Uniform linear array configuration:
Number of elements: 24
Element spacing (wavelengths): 0.25
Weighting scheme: kaiser
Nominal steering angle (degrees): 60
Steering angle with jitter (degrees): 60.212
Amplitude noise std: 0.05
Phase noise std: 0.05

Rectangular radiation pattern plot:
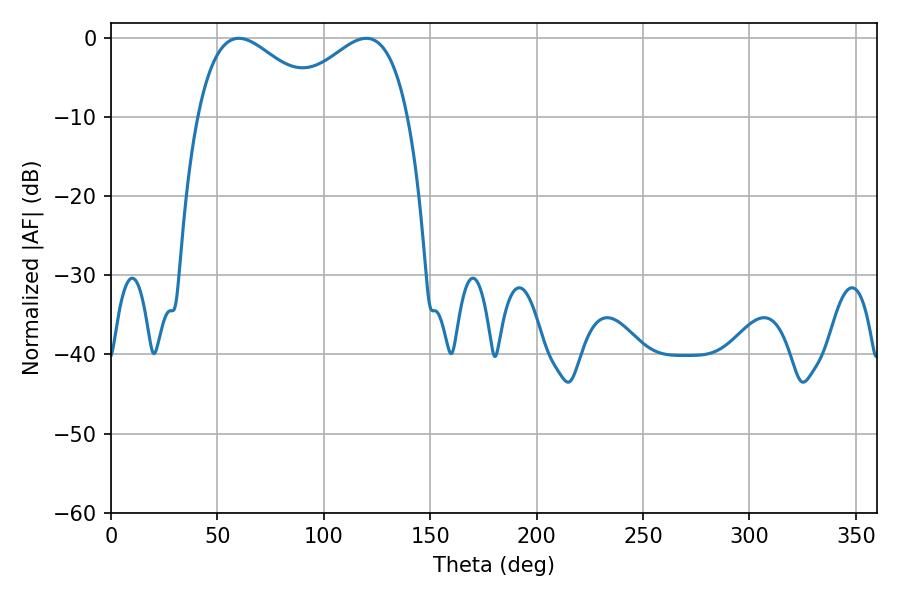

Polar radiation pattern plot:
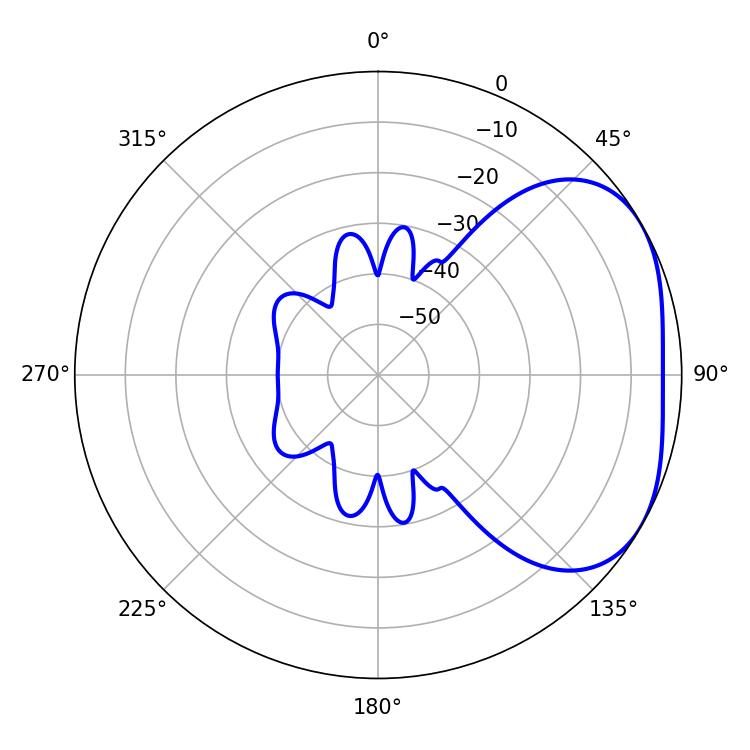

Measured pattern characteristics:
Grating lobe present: FALSE
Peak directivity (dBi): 3.047
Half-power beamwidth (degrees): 32.4
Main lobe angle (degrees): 60.12